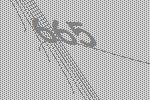
665